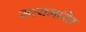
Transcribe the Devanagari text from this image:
सत्यमस्ति